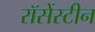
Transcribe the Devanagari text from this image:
रॉसेंस्टीन